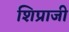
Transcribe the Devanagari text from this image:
शिप्राजी